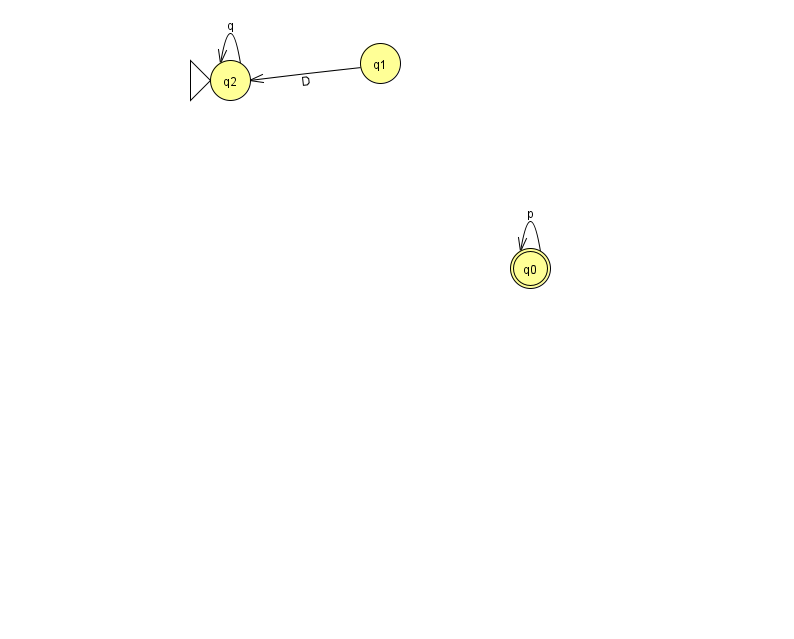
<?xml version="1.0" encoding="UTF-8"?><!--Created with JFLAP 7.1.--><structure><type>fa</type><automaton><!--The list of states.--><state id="0" name="q0"><x>530.0</x><y>255.0</y><final/></state><state id="1" name="q1"><x>380.0</x><y>50.0</y></state><state id="2" name="q2"><x>230.0</x><y>67.0</y><initial/></state><!--The list of transitions.--><transition><from>0</from><to>0</to><read>p</read></transition><transition><from>2</from><to>2</to><read>q</read></transition><transition><from>1</from><to>2</to><read>D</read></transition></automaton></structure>